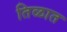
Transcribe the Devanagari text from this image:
तिळात